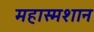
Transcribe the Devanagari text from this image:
महास्मशान